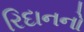
રિદાનનો